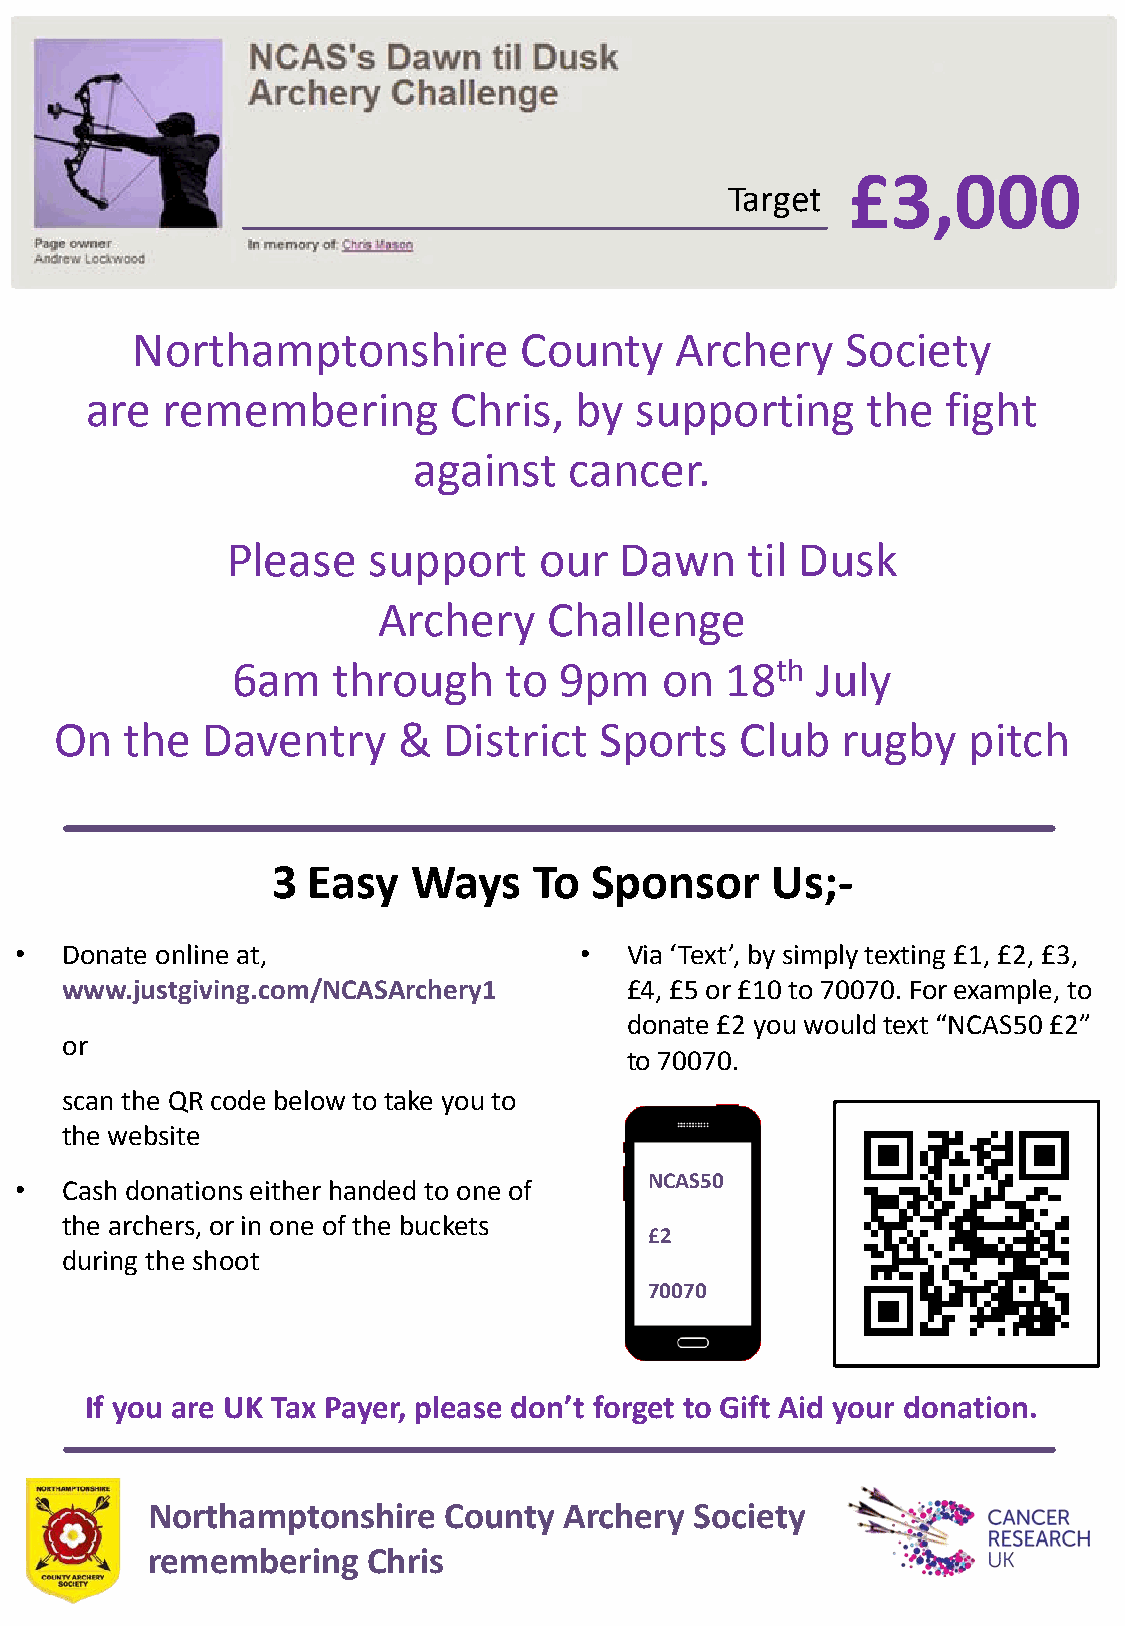
£3,000
 Target
 Northamptonshire         County     Archery    Society
 are  remembering        Chris,  by  supporting     the   fight
 against    cancer.
 Please   support     our  Dawn    til Dusk
 Archery    Challenge
 6am    through    to  9pm    on  18th  July
 On  the  Daventry     &  District   Sports   Club   rugby   pitch
 3 Easy   Ways    To  Sponsor     Us;-
 •  Donate online at,                 •  Via ‘Text’, by simply texting £1, £2, £3,
 www.justgiving.com/NCASArchery1      £4, £5 or £10 to 70070. For example, to
 donate £2 you would text “NCAS50 £2”
 or
 to 70070.
 scan the QR code below to take you to
 the website
 •  Cash donations either handed to one of NCAS50
 the archers, or in one of the buckets
 £2
 during the shoot
 70070
 If you are UK Tax Payer, please don’t forget to Gift Aid your donation.
 Northamptonshire   County  Archery  Society
 remembering   Chris